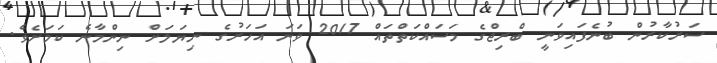
ސަރުކާރުން ބުނެފައިވަނީ ބްރިޖްގެ މަސައްކަތްތައް 2017 ވަނަ އަހަރުގެ ނިޔަލަށް ނިންމާނެ ކަމަށެވެ.